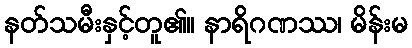
နတ်သမီးနှင့်တူ၏။ နာရိဂဏဿ၊ မိန်းမ